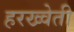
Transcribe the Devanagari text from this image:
हरख्वेती